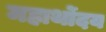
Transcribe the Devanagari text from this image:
महार्थोदय